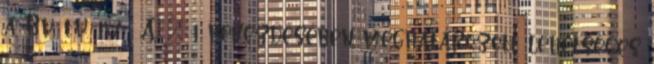
a Bv. tv. 187 A. § 1 bekezdésében meghatározott lehetséges